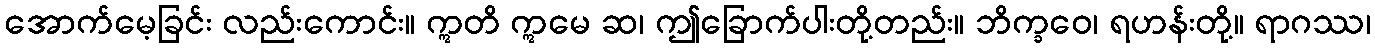
အောက်မေ့ခြင်း လည်းကောင်း။ ဣတိ ဣမေ ဆ၊ ဤခြောက်ပါးတို့တည်း။ ဘိက္ခဝေ၊ ရဟန်းတို့။ ရာဂဿ၊